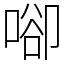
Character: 𠶸